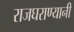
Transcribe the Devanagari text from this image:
राजघराण्यानी